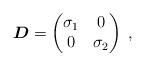
LaTeX: \begin{align*}\boldsymbol{D}=\begin{pmatrix} \sigma_1& 0\\ 0& \sigma_2\end{pmatrix} \; ,\end{align*}